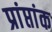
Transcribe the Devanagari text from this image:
प्रांप्तांक